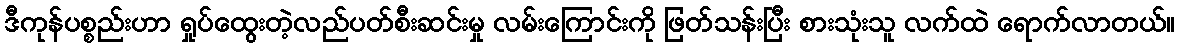
ဒီကုန်ပစ္စည်းဟာ ရှုပ်ထွေးတဲ့လည်ပတ်စီးဆင်းမှု လမ်းကြောင်းကို ဖြတ်သန်းပြီး စားသုံးသူ လက်ထဲ ရောက်လာတယ်။